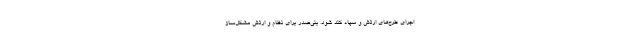
اجرای طرح‌های ارتش و سپاه کند شود. بنی‌صدر برای نظام و ارتش مشکل‌ساز